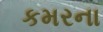
કમરના